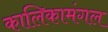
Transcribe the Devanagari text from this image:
कालिकामंगल